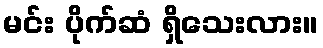
မင်း ပိုက်ဆံ ရှိသေးလား။